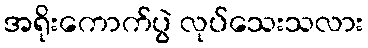
အရိုးကောက်ပွဲ လုပ်သေးသလား